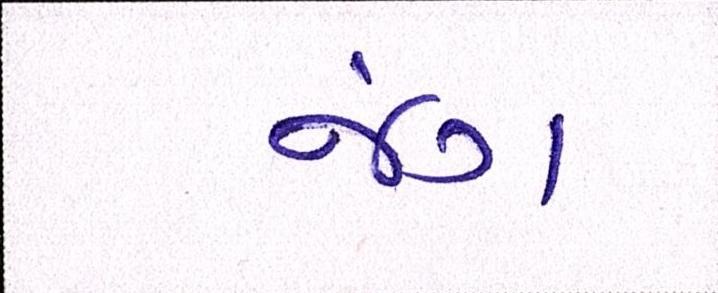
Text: જંગ